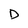
Character: D